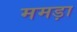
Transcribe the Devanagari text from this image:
ममड़ा